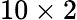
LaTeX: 10\times 2